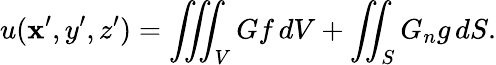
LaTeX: u(\mathbf{x}^{\prime},y^{\prime},z^{\prime})=\iiint_{V}Gf\, dV+\iint_{S}G_{n}g\, dS.